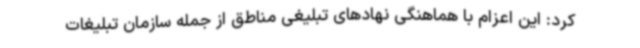
کرد: این اعزام با هماهنگی نهادهای تبلیغی مناطق از جمله سازمان تبلیغات